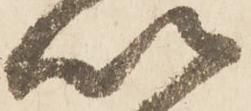
以